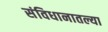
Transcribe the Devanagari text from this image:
संविधानातल्या